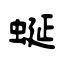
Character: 蜒